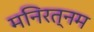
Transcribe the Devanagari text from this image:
मनिरत्नम